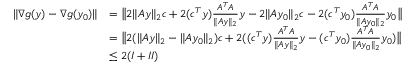
\begin{array} { r l } { \| \nabla g ( y ) - \nabla g ( y _ { 0 } ) \| } & { = \big \| 2 \| A y \| _ { 2 } c + 2 ( c ^ { T } y ) \frac { A ^ { T } A } { \| A y \| _ { 2 } } y - 2 \| A y _ { 0 } \| _ { 2 } c - 2 ( c ^ { T } y _ { 0 } ) \frac { A ^ { T } A } { \| A y _ { 0 } \| _ { 2 } } y _ { 0 } \big \| } \\ & { = \big \| 2 ( \| A y \| _ { 2 } - \| A y _ { 0 } \| _ { 2 } ) c + 2 ( ( c ^ { T } y ) \frac { A ^ { T } A } { \| A y \| _ { 2 } } y - ( c ^ { T } y _ { 0 } ) \frac { A ^ { T } A } { \| A y _ { 0 } \| _ { 2 } } y _ { 0 } ) \big \| } \\ & { \leq 2 ( I + I I ) } \end{array}